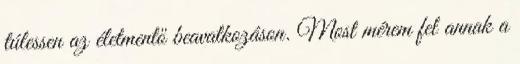
túlessen az életmentő beavatkozáson. Most mérem fel annak a